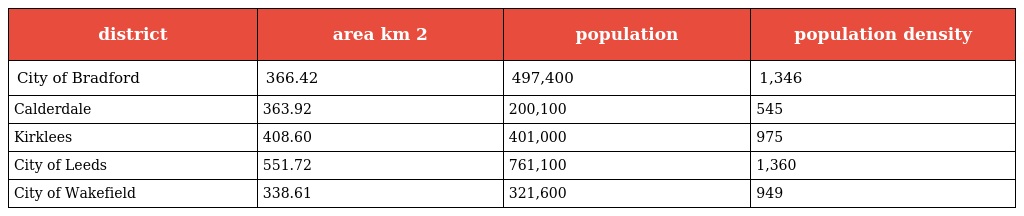
| district | area km 2 | population | population density |
 | --- | --- | --- | --- |
 | City of Bradford | 366.42 | 497,400 | 1,346 |
 | Calderdale | 363.92 | 200,100 | 545 |
 | Kirklees | 408.60 | 401,000 | 975 |
 | City of Leeds | 551.72 | 761,100 | 1,360 |
 | City of Wakefield | 338.61 | 321,600 | 949 |